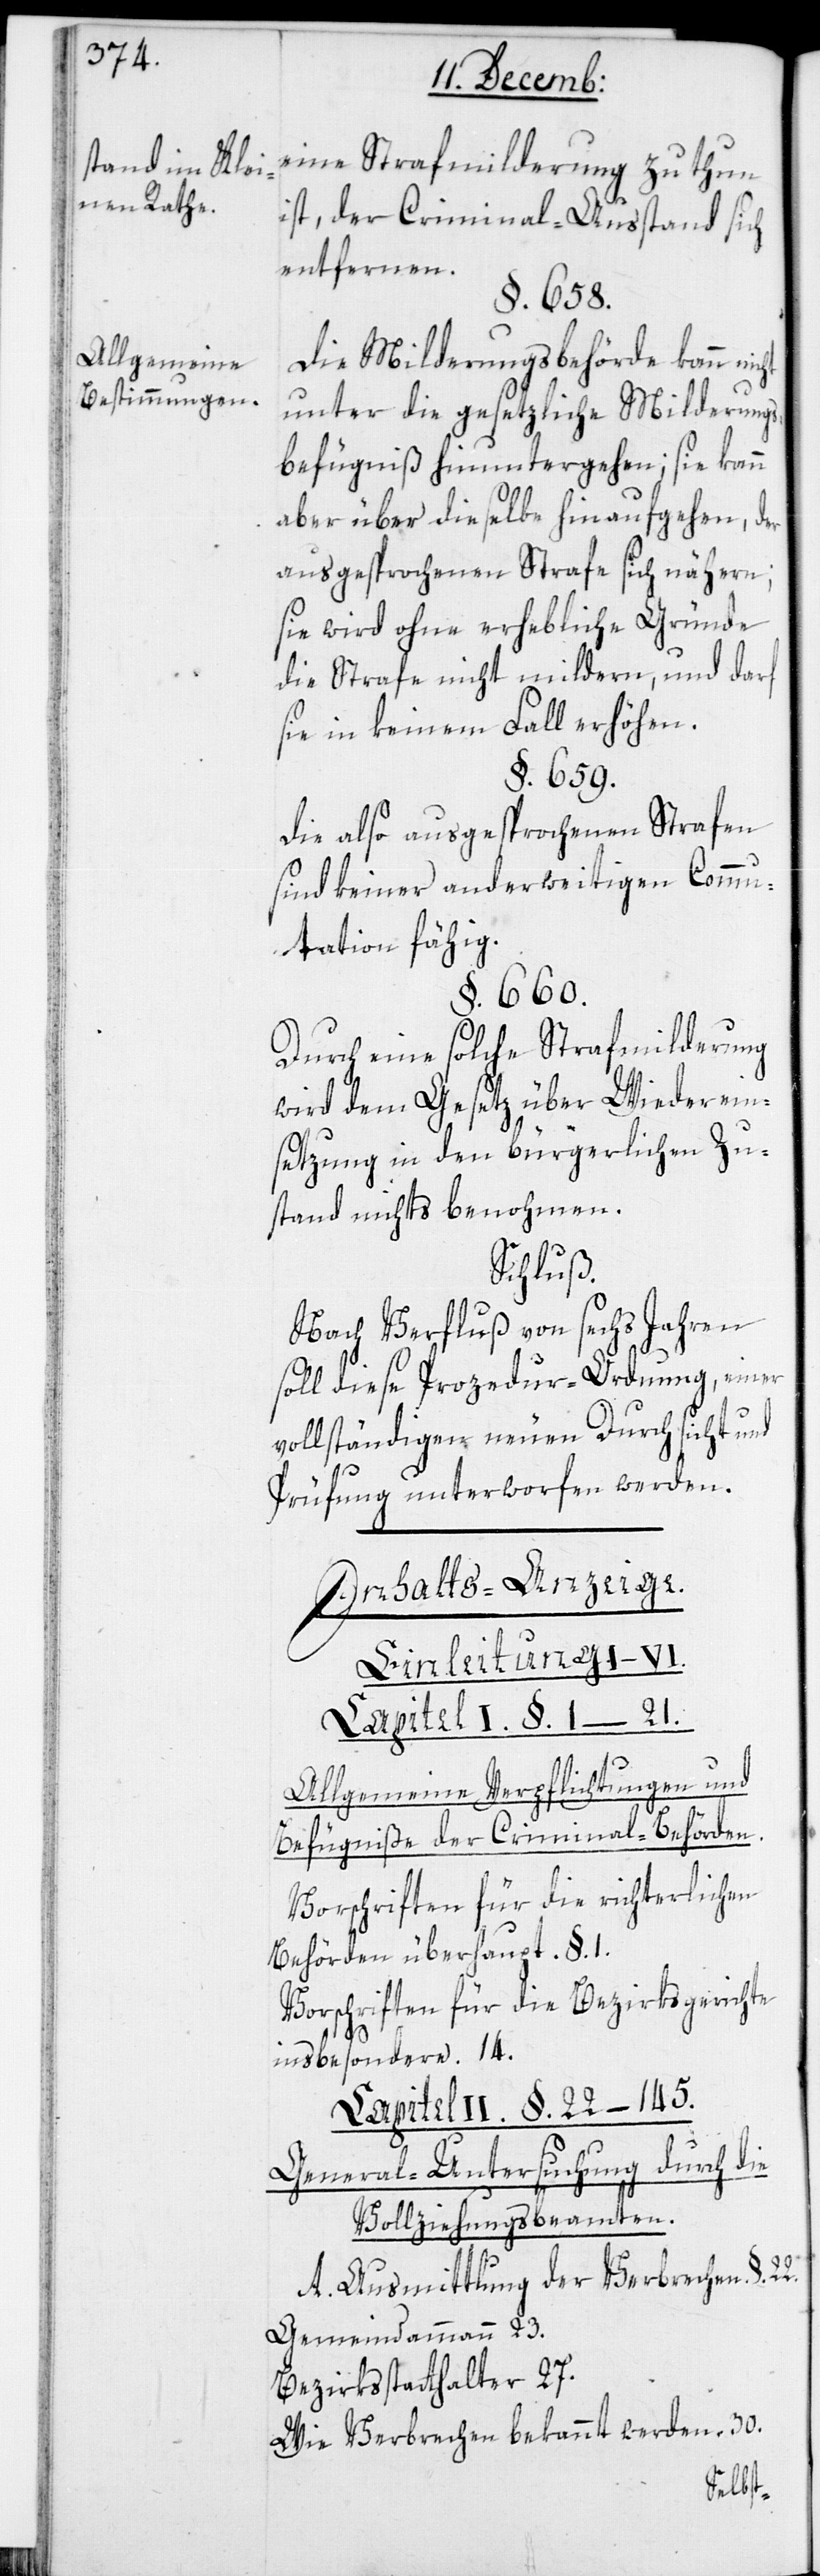
Allgemeine
Bestimmungen.

eine Strafmilderung zu thun
ist, der Criminal-Ausstand sich
entfernen.
§. 658.
Die Milderungsbehörde kann nic¬
unter die gesetzliche Milderungs¬
befugnis hinuntergehen; sie kann
aber über dieselbe hinaufgehen, der
ausgesprochenen Strafe sich nähern;
sie wird ohne erhebliche Gründe
die Strafe nicht mildern, und darf
sie in keinem Fall erhöhen.
§. 659.
Die also ausgesprochenen Strafen
sind keiner anderweitigen Commu¬
tation fähig.
§. 660.
Durch eine solche Strafmilderung
wird dem Gesetz über Wiederein¬
setzung in den bürgerlichen Zu¬
stand nichts benommen.
Schluß.
Nach Verfluß von sechs Jahren
soll diese Prozedur-Ordnung einer
vollständigen neuen Durchsicht und
Prüfung unterworfen werden.
Inhalts-Anzeige.
ht
Einleitung I–VI.
Capitel I. §. 1–21.
Allgemeine Verpflichtungen und
Befugniße der Criminal-Behörden.
Vorschriften für die richterlichen
Behörden überhaupt. §. 1.
Vorschriften für die Bezirksgerichte
insbesondere. 14.
Capitel II. §. 22–145.
General-Untersuchung durch die
Vollziehungsbeamten.
A. Ausmittlung der Verbrechen. §.
Gemeindammann 23.
Bezirksstatthalter 27.
Wie Verbrechen bekannt werden. 30.